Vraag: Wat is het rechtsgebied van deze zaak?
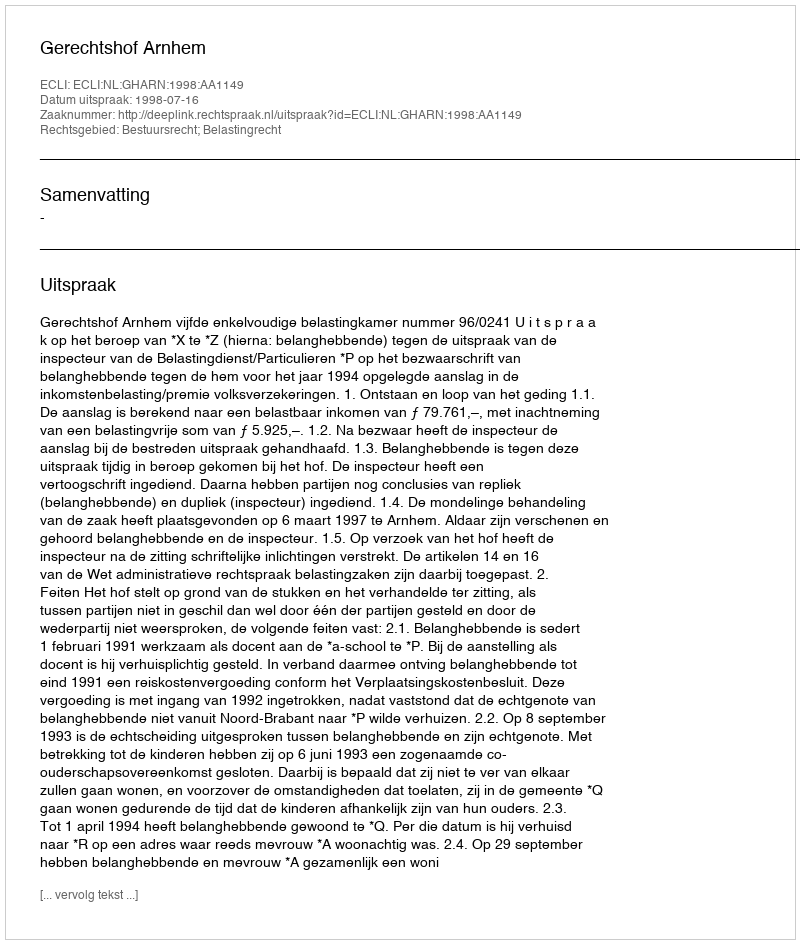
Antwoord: Bestuursrecht; Belastingrecht